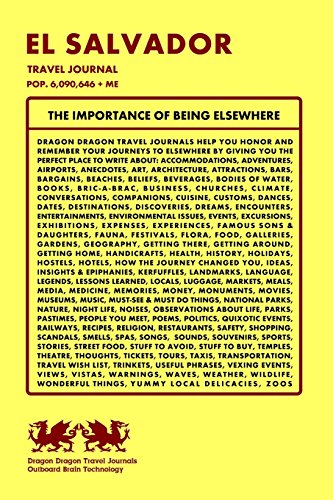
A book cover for El Salvador Travel Journal, Pop. 6,090,646 + Me; Dragon Dragon Travel Journals; Travel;